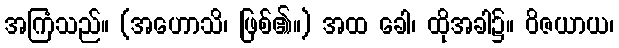
အကြံသည်။ (အဟောသိ၊ ဖြစ်၏။) အထ ခေါ၊ ထိုအခါ၌။ ဝိဇယာယ၊